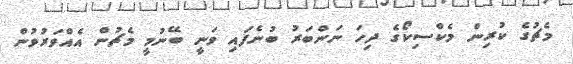
މެޗުގެ ކުރިން މެކްސިކޯގެ ދިހަ ނަންބަރު ބުނެފައި ވަނީ ބޭނުމީ މެޗުން އެއްވަރުވުން